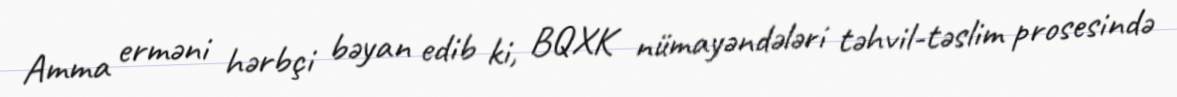
Amma erməni hərbçi bəyan edib ki, BQXK nümayəndələri təhvil-təslim prosesində